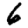
Digit: 6